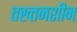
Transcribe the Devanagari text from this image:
तख्तनशीन